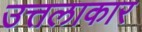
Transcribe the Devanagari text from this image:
उत्तलाकार